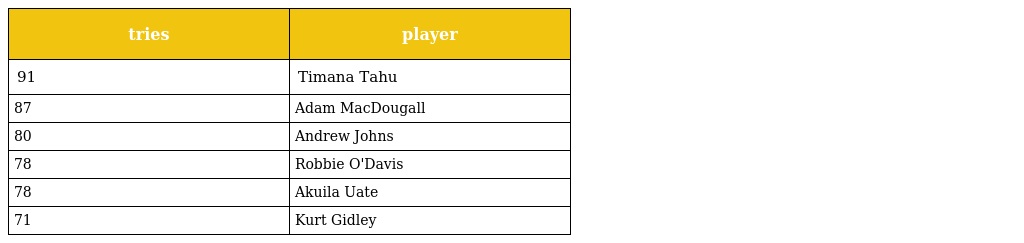
| tries | player |
 | --- | --- |
 | 91 | Timana Tahu |
 | 87 | Adam MacDougall |
 | 80 | Andrew Johns |
 | 78 | Robbie O'Davis |
 | 78 | Akuila Uate |
 | 71 | Kurt Gidley |